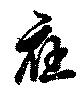
應